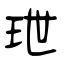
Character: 玴